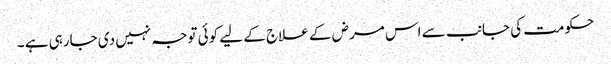
حکومت کی جانب سے اس مرض کے علاج کے لیے کوئی توجہ نہیں دی جارہی ہے ۔